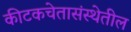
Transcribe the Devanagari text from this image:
कीटकचेतासंस्थेतील